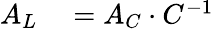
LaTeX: \begin{array}{rl}{A_{L}}&{{}=A_{C}\cdot C^{-1}}\end{array}